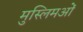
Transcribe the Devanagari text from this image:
मुस्लिमओं